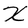
Character: X